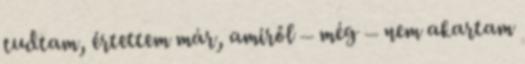
tudtam, értet­tem már, amiről – még – nem akartam